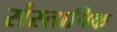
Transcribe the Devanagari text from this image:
संस्तापिक